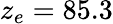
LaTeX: z_{e}=85.3